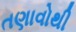
તણાવોથી